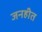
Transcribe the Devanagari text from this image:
जनहीत